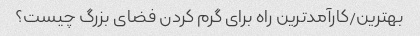
بهترین/کارآمدترین راه برای گرم کردن فضای بزرگ چیست؟